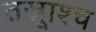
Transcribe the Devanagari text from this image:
तस्रूाश्च